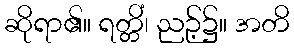
ဆိုရာ၏။ ရတ္တိံ၊ ညဉ့်၌။ အတိ